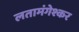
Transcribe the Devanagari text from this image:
लतामंगेश्कर